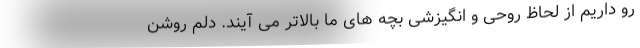
رو داریم از لحاظ روحی و انگیزشی بچه های ما بالاتر می آیند. دلم روشن